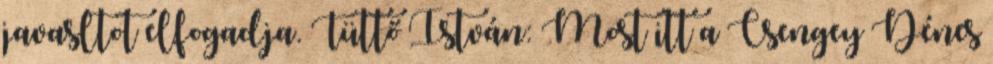
javasltot elfogadja. Tüttő István: Most itt a Csengey Dénes